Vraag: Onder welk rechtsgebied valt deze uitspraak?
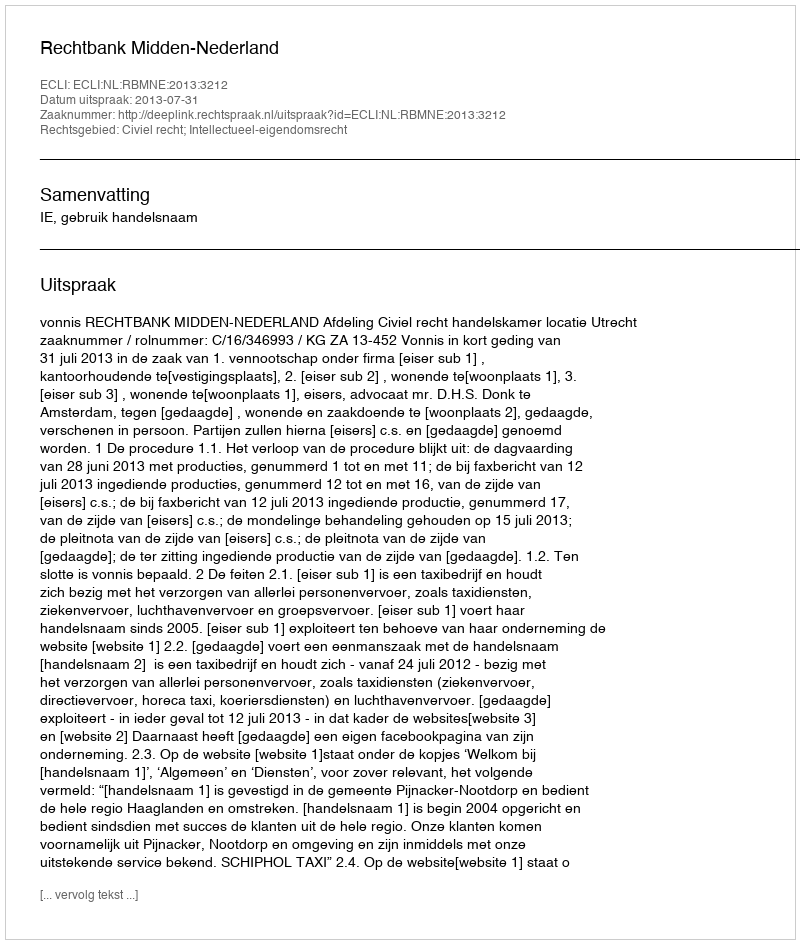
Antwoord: Civiel recht; Intellectueel-eigendomsrecht